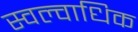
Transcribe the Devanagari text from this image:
स्वल्वाधिक